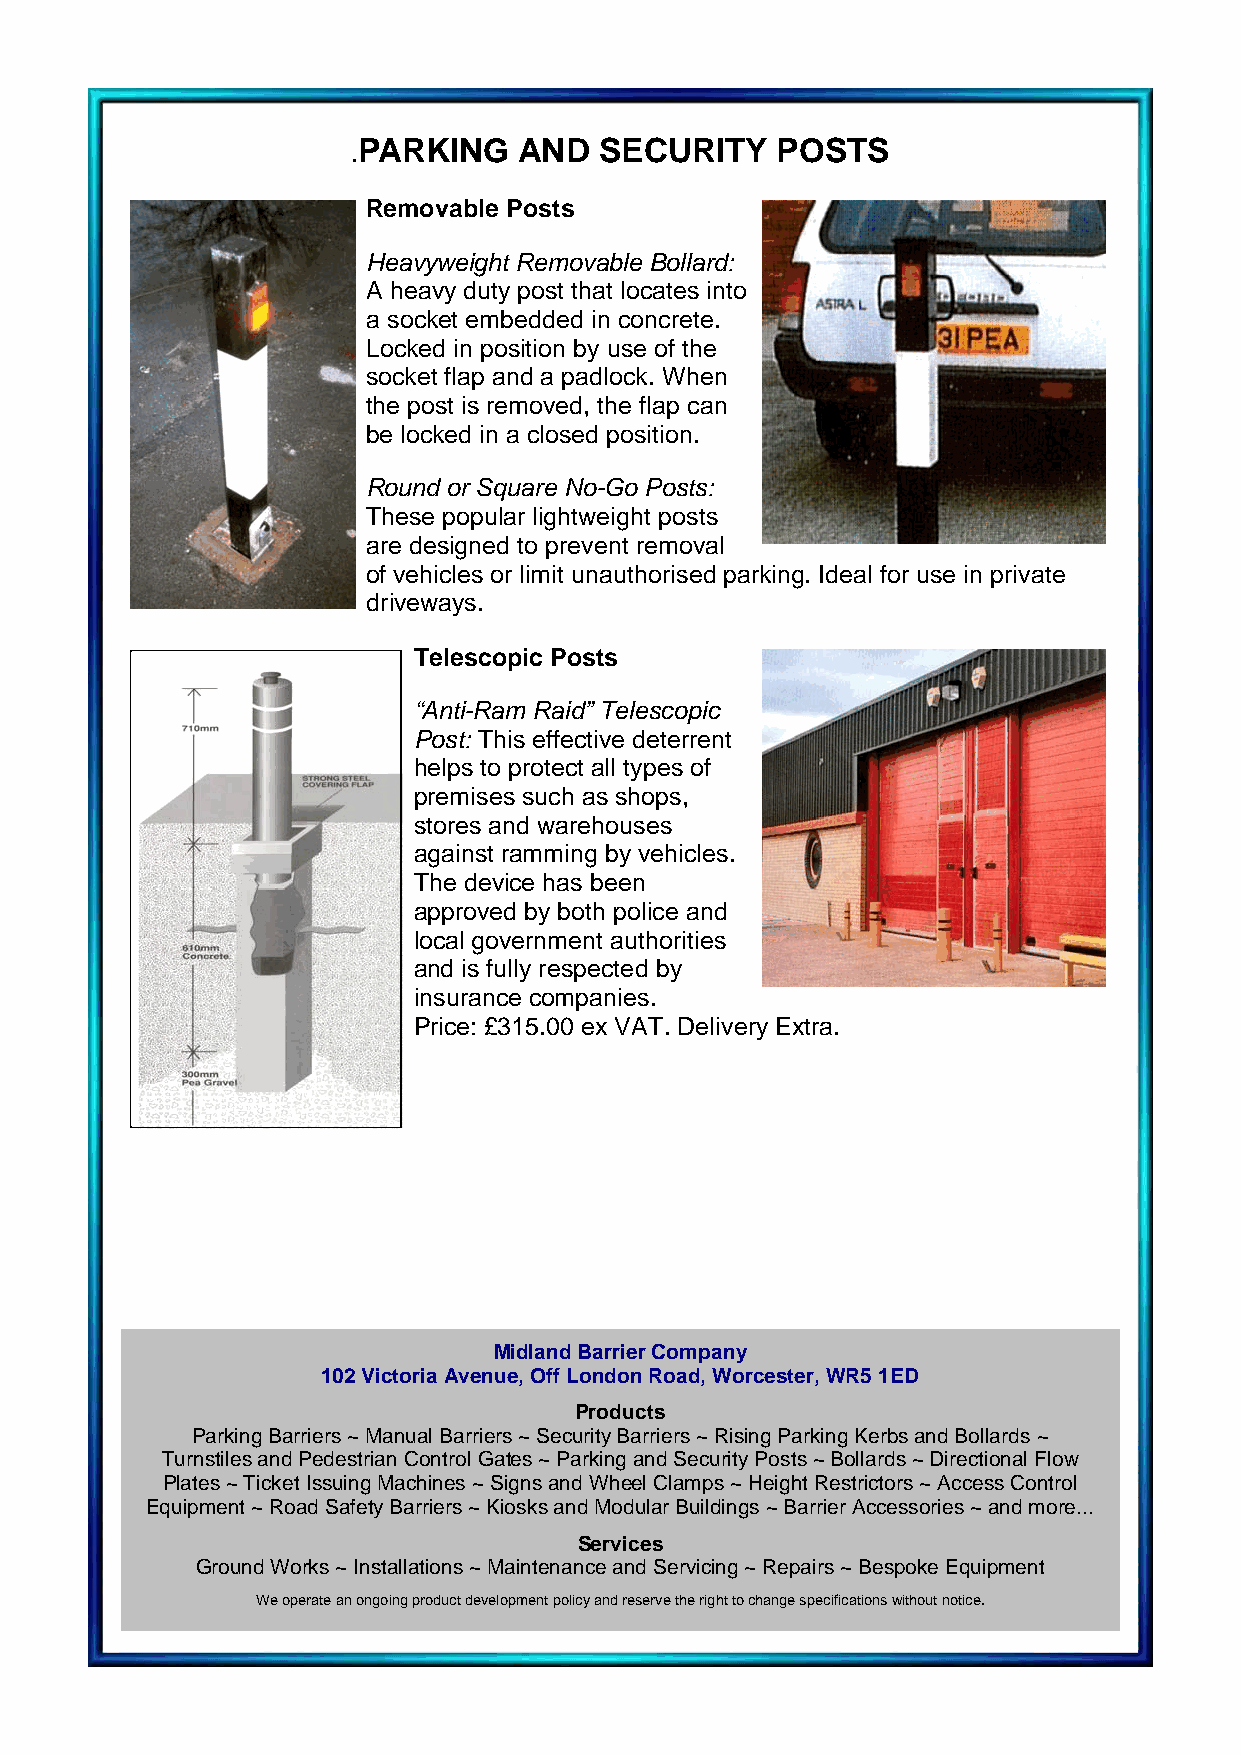
PARKING   AND   SECURITY   POSTS
 .
 Removable Posts
 Heavyweight Removable Bollard:
 A heavy duty post that locates into
 a socket embedded in concrete.
 Locked in position by use of the
 socket flap and a padlock. When
 the post is removed, the flap can
 be locked in a closed position.
 Round or Square No-Go Posts:
 These popular lightweight posts
 are designed to prevent removal
 of vehicles or limit unauthorised parking. Ideal for use in private
 driveways.
 Telescopic Posts
 “Anti-Ram Raid” Telescopic
 Post: This effective deterrent
 helps to protect all types of
 premises such as shops,
 stores and warehouses
 against ramming by vehicles.
 The device has been
 approved by both police and
 local government authorities
 and is fully respected by
 insurance companies.
 Price: £315.00 ex VAT. Delivery Extra.
 Midland Barrier Company
 102 Victoria Avenue, Off London Road, Worcester, WR5 1ED
 Products
 Parking Barriers ~ Manual Barriers ~ Security Barriers ~ Rising Parking Kerbs and Bollards ~
 Turnstiles and Pedestrian Control Gates ~ Parking and Security Posts ~ Bollards ~ Directional Flow
 Plates ~ Ticket Issuing Machines ~ Signs and Wheel Clamps ~ Height Restrictors ~ Access Control
 Equipment ~ Road Safety Barriers ~ Kiosks and Modular Buildings ~ Barrier Accessories ~ and more...
 Services
 Ground Works ~ Installations ~ Maintenance and Servicing ~ Repairs ~ Bespoke Equipment
 We operate an ongoing product development policy and reserve the right to change specifications without notice.